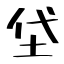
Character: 牮